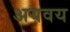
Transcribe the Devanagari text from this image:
अयवय